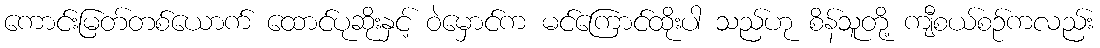
ကောင်းမြတ်တစ်ယောက် ထောင်ပုဆိုးနှင့် ဝဲမှောင်က မင်ကြောင်ထိုးပါ သည်ဟု စိန်သူတို့ ကျီစယ်စဉ်ကလည်း